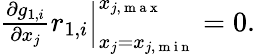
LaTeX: \begin{array}{r}{\frac{\partial g_{1,i}}{\partial x_{j}}r_{1,i}\Big|_{x_{j}=x_{j,\mathrm{~m~i~n~}}}^{x_{j,\mathrm{~m~a~x~}}}=0.}\end{array}